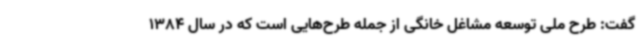
گفت: طرح ملی توسعه مشاغل خانگی از جمله طرح‌هایی است که در سال 1384